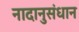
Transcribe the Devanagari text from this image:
नादानुसंधान